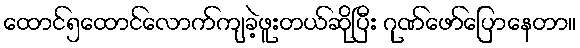
ထောင်၅ထောင်လောက်ကျခဲ့ဖူးတယ်ဆိုပြီး ဂုဏ်ဖော်ပြောနေတာ။